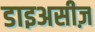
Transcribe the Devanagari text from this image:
डाइअसीज़